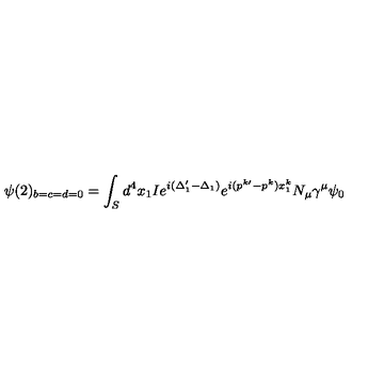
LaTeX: \psi ( 2 ) _ { b = c = d = 0 } = \int _ { S } d ^ { 4 } x _ { 1 } I e ^ { i ( \Delta _ { 1 } ^ { \prime } - \Delta _ { 1 } ) } e ^ { i ( p ^ { k \prime } - p ^ { k } ) x _ { 1 } ^ { k } } N _ { \mu } \gamma ^ { \mu } \psi _ { 0 }